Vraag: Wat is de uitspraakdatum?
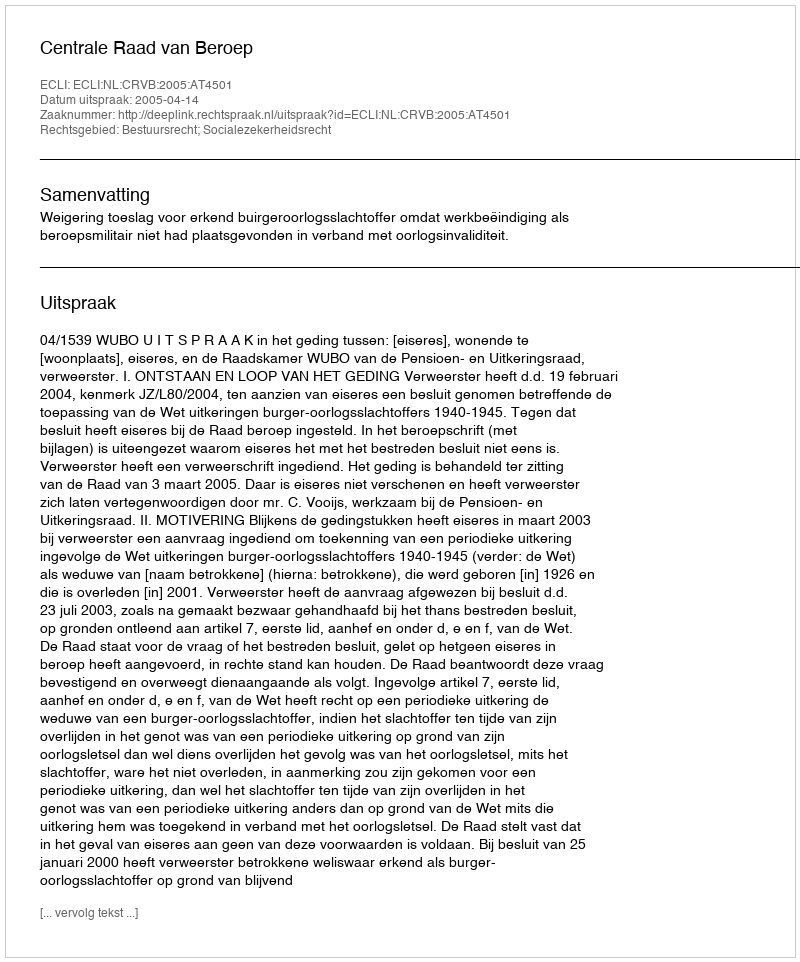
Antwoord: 2005-04-14